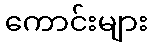
ကောင်းများ